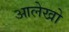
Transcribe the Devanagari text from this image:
आलेखो